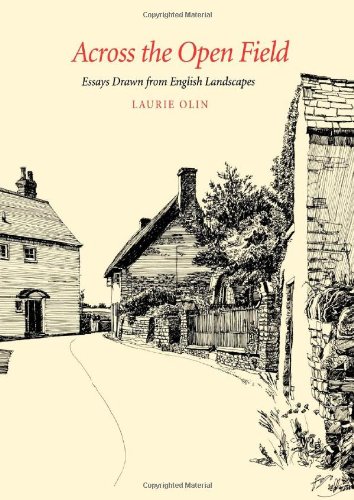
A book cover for Across the Open Field: Essays Drawn from English Landscapes (Penn Studies in Landscape Architecture); Laurie Olin; Crafts, Hobbies & Home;